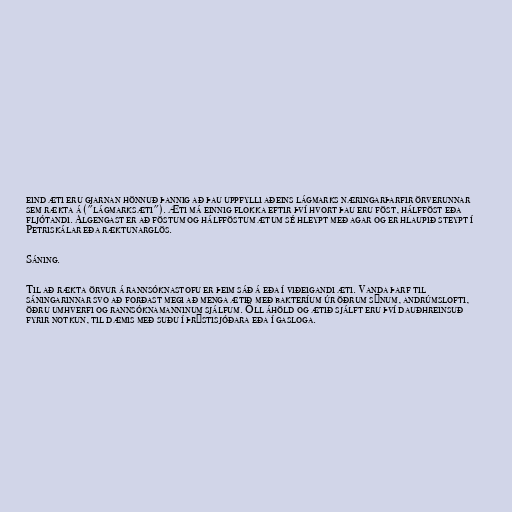
eind æti eru gjarnan hönnuð þannig að þau uppfylli aðeins lágmarks næringarþarfir örverunnar
sem rækta á ("lágmarksæti"). Æti má einnig flokka eftir því hvort þau eru föst, hálfföst eða
fljótandi. Algengast er að föstum og hálfföstum ætum sé hleypt með agar og er hlaupið steypt í
Petriskálar eða ræktunarglös.

Sáning.

Til að rækta örvur á rannsóknastofu er þeim sáð á eða í viðeigandi æti. Vanda þarf til
sáningarinnar svo að forðast megi að menga ætið með bakteríum úr öðrum sýnum, andrúmslofti,
öðru umhverfi og rannsóknamanninum sjálfum. Öll áhöld og ætið sjálft eru því dauðhreinsuð
fyrir notkun, til dæmis með suðu í þrýstisjóðara eða í gasloga.